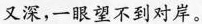
又深，一眼望不到对岸。